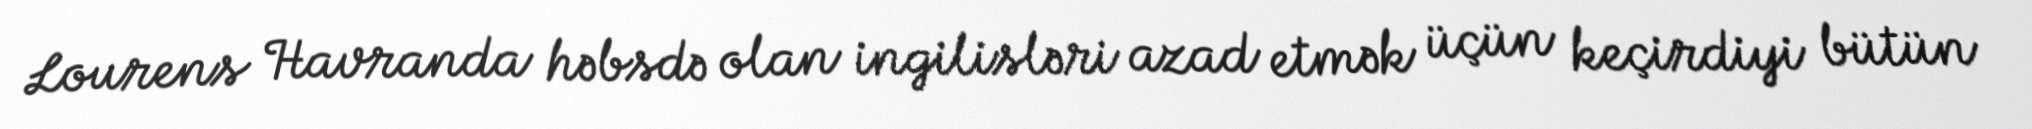
Lourens Havranda həbsdə olan ingilisləri azad etmək üçün keçirdiyi bütün